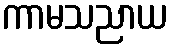
ကာမသညာယ